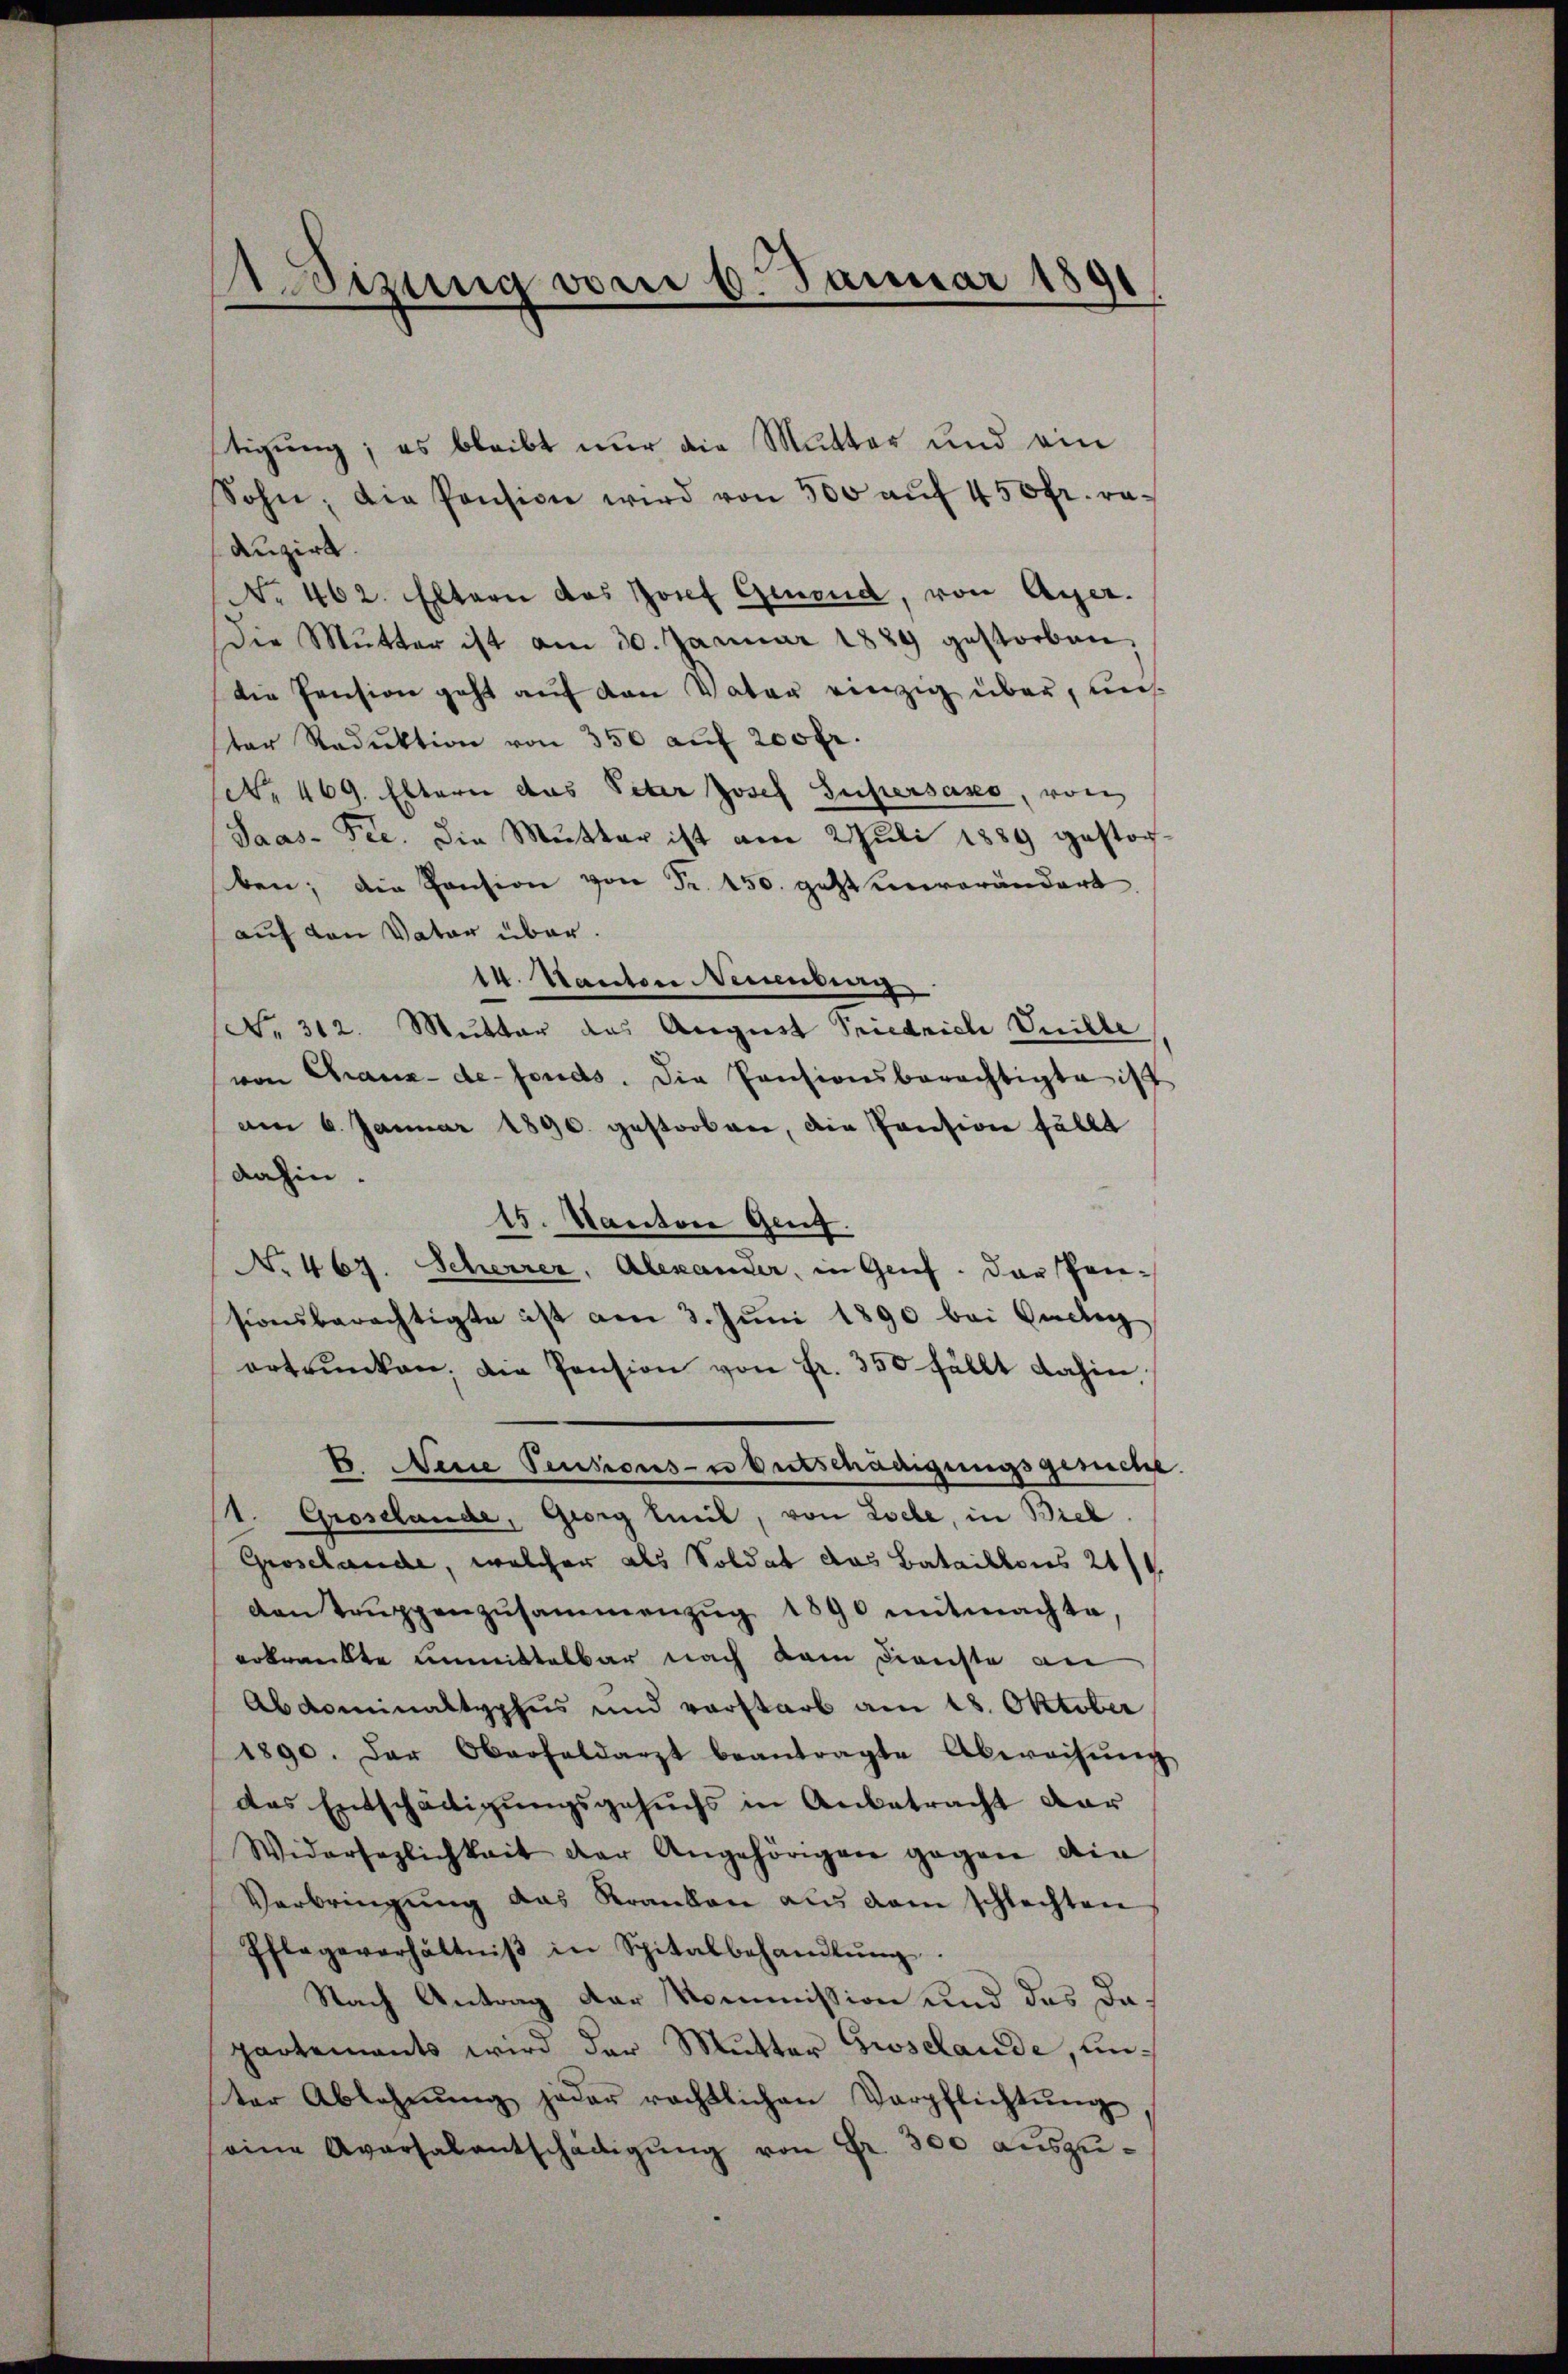
1 Simma vom 6. Januar 1891
0

stigung; es bleibt nur die Mutter und ein
Sohn, die Pension wird von 500 auf 450 fr. raduzirt.
No 462. Eltern das Josef Genoud, von Auer.
Die Mutter ist am 30. Januar 1889 gestorben,
die Pension geht auf den Vater einzig über, uns
ter Reduktion von 350 auf 200 fr.
No 469. Eltern das Peter Josef Supersano, von
Saas- Fee. Die Mutter ist am 2 Juli 1889 gestorben; die Pension von Fr. 150. geht mererändert
auf den Vater über.
14. Kanton Neuenburg
(No. 312. Mutter das August Priedrich Vuille
von Chaux-de-Fonds. Die Pensionsberechtigte ist
am 6. Januar 1890. gestorbnen, die Pension fällt
dahin.
15. Kantone Geng.
No 467. Scheurer, Alexander, in Gruf. Das Pen-
sionsberechtigte ist am 3. Juni 1890 bei Gudig
ertrunken, die Pension von fr. 350 fällt dahin
B. Neue Pensions- Entschädigungsgeriche
1. Grosslande, Georg Weil, von Loche, in Biel
Groselande, welcher als Soldat das Bataillons 2114
van Trŭppenzusammenzŭg 1890 mitmachte
erkrankte unmittelbar nach dem Dienste an
Abdominaltyphus und vorstarb am 18. Oktober
1890. Der Oberfeldarzt beantragte Abweisŭng
das Entschädigŭngsgesuchs in Anbetracht dar
Widersaglichkeit der Angehörigen gegen die
Verbringŭng das Kranken aŭs dem schlechten,
Pflegeverhältniβ in Spitalbehandlŭng.
Nach Antrag der Kommission und das dapartements wird der Mutter Giselande, einter Ablehnŭng jeder rechtlichen Verpflichtŭng,
eine Aversalentschädigŭng von Fr. 300 aŭszŭ-